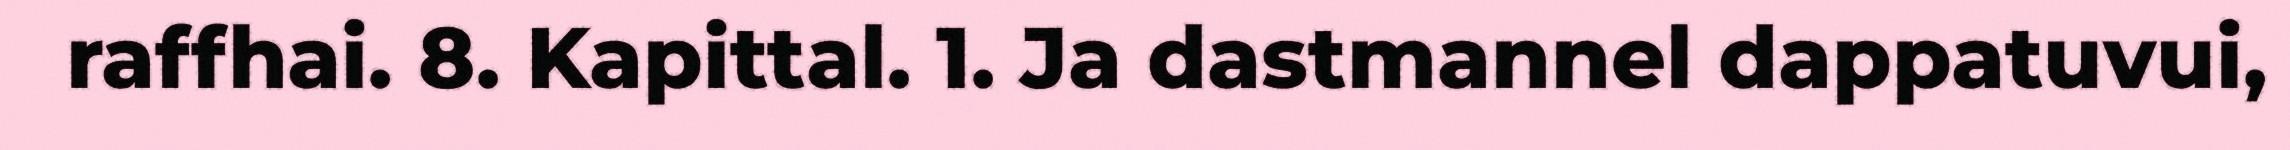
raffhai. 8. Kapittal. 1. Ja dastmannel dappatuvui,